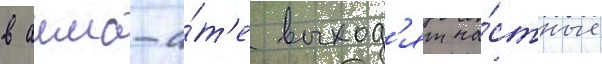
в алма-а́т'е выход'ят ча́стные